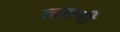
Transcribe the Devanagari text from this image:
लक्मी